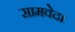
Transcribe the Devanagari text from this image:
सामवेद।